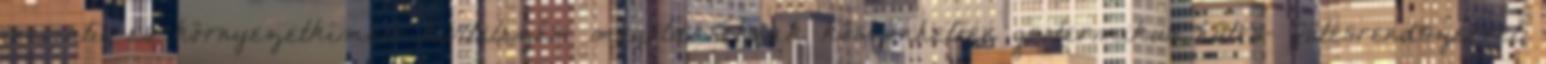
innovatív és környezetkímélő kivitelezési megoldásoknak köszönhetően geotermikus hűtés- fűtésrendszerrel,